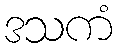
ဒသကံ